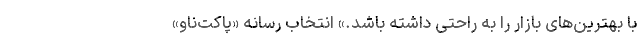
با بهترین‌های بازار را به راحتی داشته باشد.» انتخاب رسانه «پاکت‌ناو»